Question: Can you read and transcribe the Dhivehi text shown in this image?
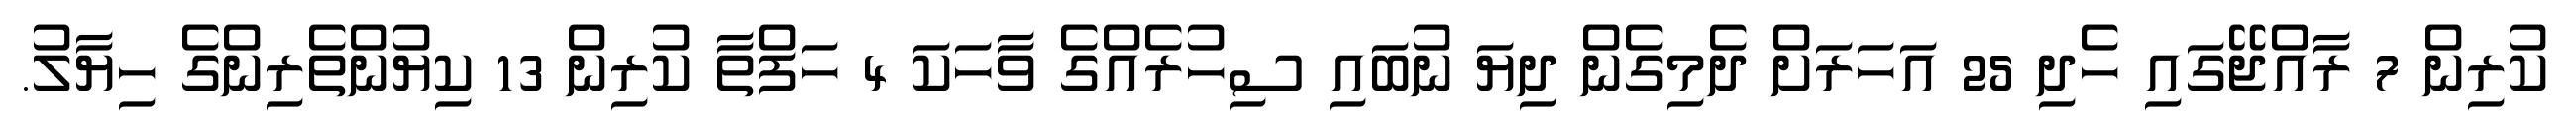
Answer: ކުރިން 7 ރާއްޖޭގައި ހެދި 25 އަހަރަށް ދެމިގެން ދިޔަ ނުބައި ސިހުރެއްގެ ވާހަކަ 4 ހަފްތާ ކުރިން 13 ކިޔުންތެރިންގެ ހިޔާލު.